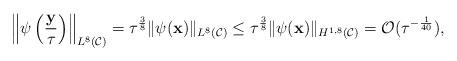
LaTeX: \begin{align*} \left\|\psi\left(\frac{\mathbf y}{\tau}\right)\right\|_{L^8(\mathcal C)} =\tau^{\frac{3}{8}}\|\psi(\mathbf x)\|_{L^8(\mathcal C)}\leq\tau^{\frac{3}{8}}\|\psi(\mathbf x)\|_{H^{1,8}(\mathcal C)} =\mathcal O(\tau^{-\frac{1}{40}}), \end{align*}